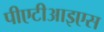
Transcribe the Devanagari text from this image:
पीएटीआइएस